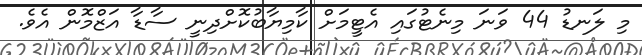
މި ލަނޑު 44 ވަނަ މިނެޓުގައި އެޓީމަށް ކާމިޔާބުކޮށްދިނީ ސާޑާ އަޒްމޮން އެވެ.